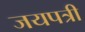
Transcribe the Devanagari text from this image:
जयपत्री